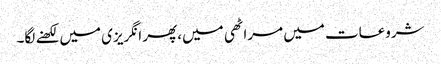
شروعات میں مراٹھی میں، پھر انگریزی میں لکھنے لگا۔